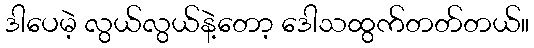
ဒါပေမဲ့ လွယ်လွယ်နဲ့တော့ ဒေါသထွက်တတ်တယ်။